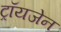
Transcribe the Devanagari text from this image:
ट्रॉयजेन